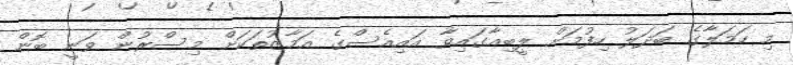
މި ހަމަލާގެ ބަދަލު ހިފުމަށް ލީބިއާގައިވާ އައިއެސްގެ އަމާޒުތަކަށް މިސްރުން ވަނީ ބޮން